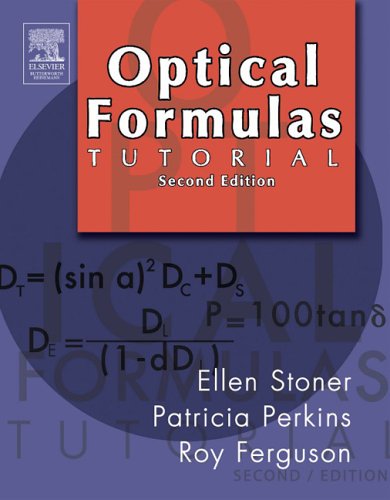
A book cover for Optical Formulas Tutorial, 2e; Ellen D. Stoner; Medical Books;